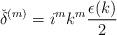
LaTeX: \begin{align*}{\check{\delta}}^{(m)}=i^mk^m\frac {\epsilon(k)} {2}\end{align*}